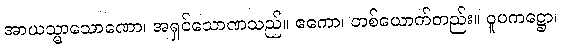
အာယသ္မာသောဏော၊ အရှင်သောဏသည်။ ဧကော၊ တစ်ယောက်တည်း။ ဝူပကဋ္ဌော၊